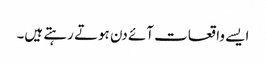
ایسے واقعات آئے دن ہوتے رہتے ہیں۔